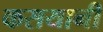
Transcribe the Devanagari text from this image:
कसयानी